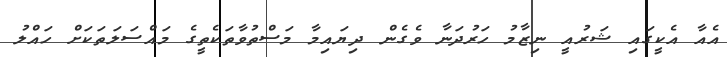
އެއާ އެކީގައި ޝަރުއީ ނިޒާމު ހަރުދަނާ ވެގެން ދިޔައިމާ މަސްތުވާތަކެތީގެ މައްސަލަތަކަށް ހައްލު